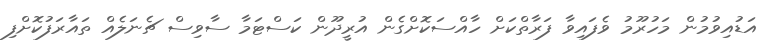
އަޑުއިވުމުން މަހުރޫމު ވެފައިވާ ފަރާތްކަށް ހާއްސަކޮށްގެން އުރީދޫން ކަސްޓަމާ ސާވިސް ޗެނަލެއް ތައާރަފުކޮށްފި